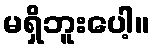
မရှိဘူးပေါ့။